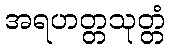
အရဟတ္တသုတ္တံ